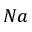
N a